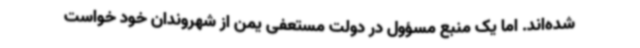
شده‌اند. اما یک منبع مسؤول در دولت مستعفی یمن از شهروندان خود خواست